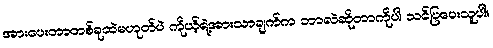
အားပေးတာတစ်ခုထဲမဟုတ်ပဲ ကိုယ့်ရဲ့အားသာချက်က ဘာလဲဆိုတာကိုပါ သင်ပြပေးသူပါ။